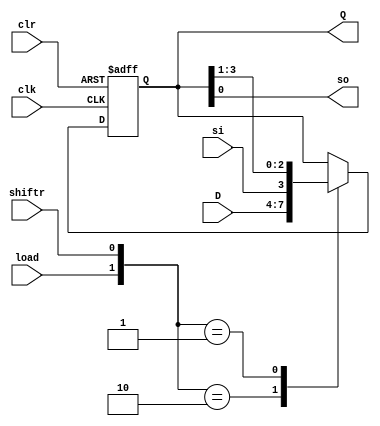

module shift_reg
	#(parameter N=4)
	(
		input wire clk, clr,
		input wire load,
		input wire si,
		output wire so,
		input wire shiftr,
		input wire [N-1:0] D,
		output wire [N-1:0] Q
	);
	
	//signal declaration
	reg [N-1:0] r_reg, r_next;
	wire [1:0] ctrl;
	
	assign ctrl = {load,shiftr};
	
	//register
	always @(posedge clk, posedge clr)
		if (clr)
			r_reg <=0;
		else
			r_reg <= r_next;
	
	//next-state logic
	always @*
		case(ctrl)
			2'b10: r_next = D; //load
			2'b01: r_next = {si, r_reg[N-1:1]}; //shift right 
			default: r_next = r_reg; //no op
		endcase
	
	//output logic
	assign Q = r_reg;
	assign so = r_reg[0];
	
endmodule